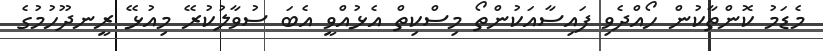
މެޑަމު ކޮންތާކުން ހޯއްދެވި ފައިސާއަކުންތޯ މިސްކިތް އެޅުއްވީ އެބަ ސުވާލުކުރޭ މިއުޅޭ ރީނދޫހުމުގެ